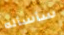
سأسأله